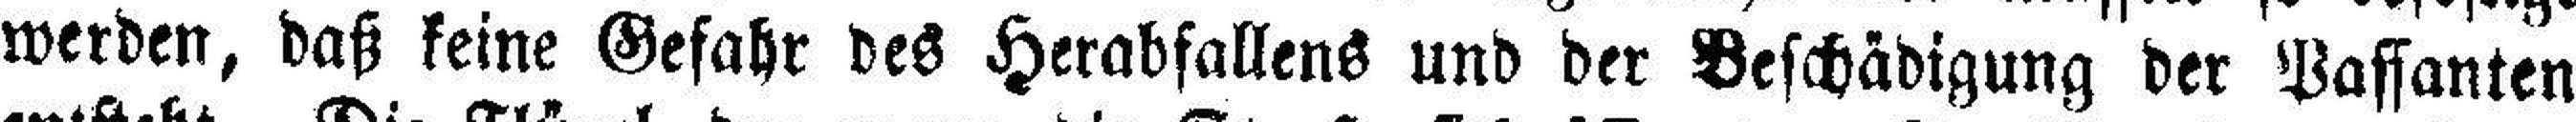
werden, daß keine Gefahr des Herabfallens und der Beschädigung der Passanten